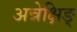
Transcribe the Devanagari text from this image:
अन्नेक्षिङ्